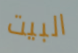
البيت